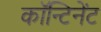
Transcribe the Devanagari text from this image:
कॉन्टिनेंट